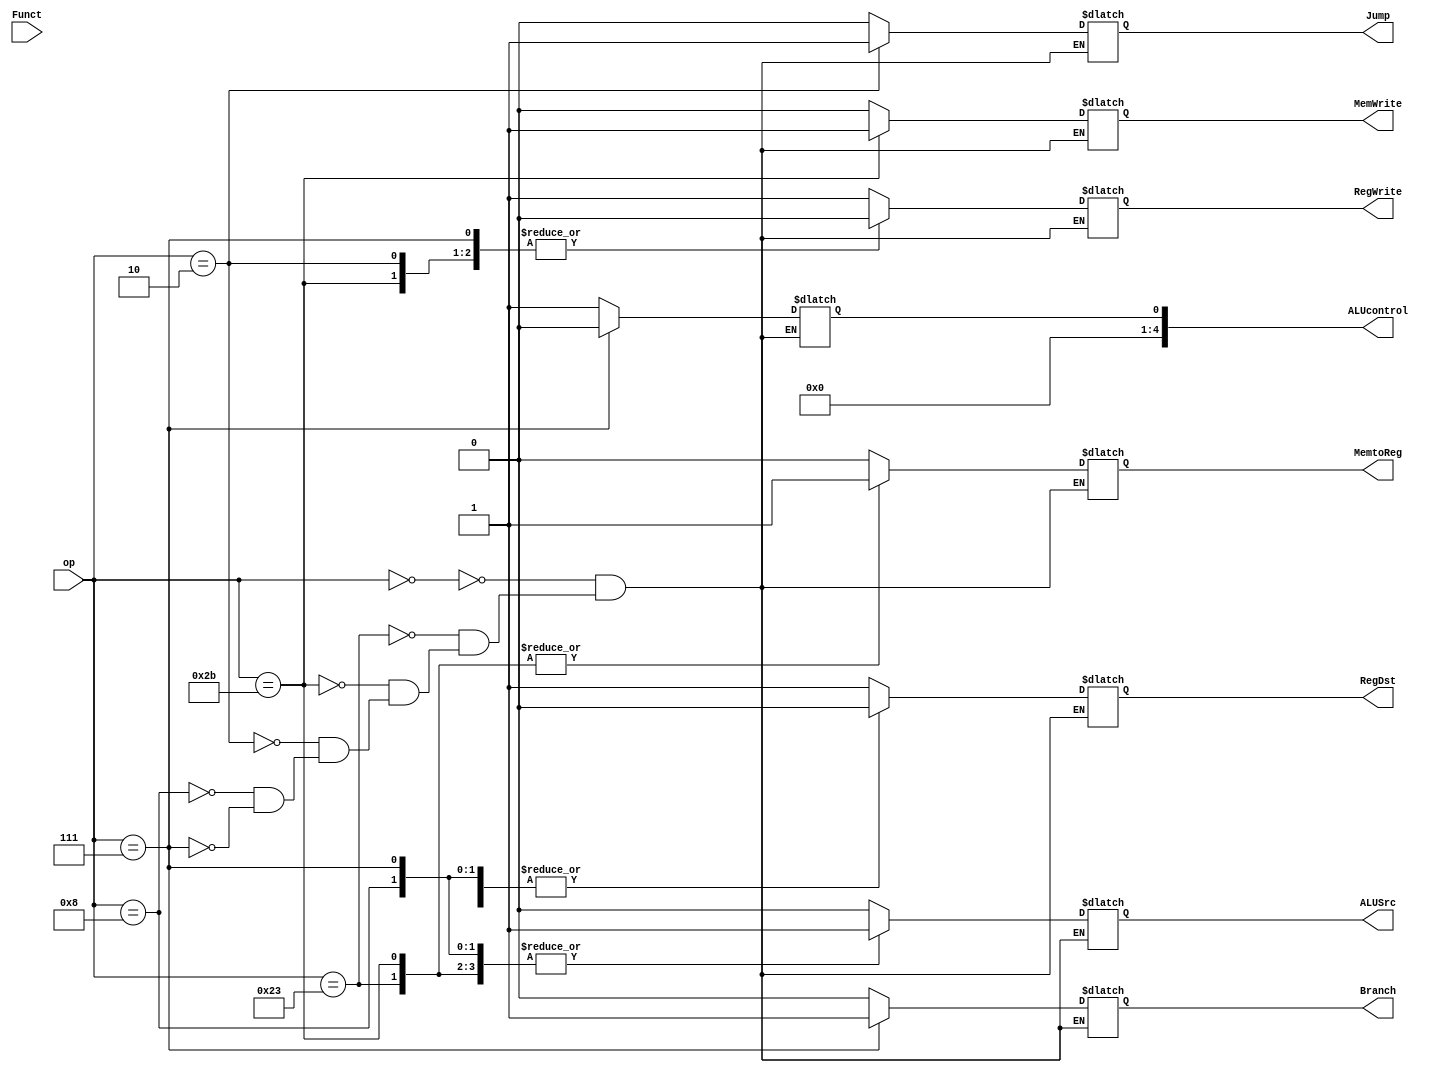
`timescale 1ns / 1ps
//////////////////////////////////////////////////////////////////////////////////
// Company: 
// Engineer: 
// 
// Design Name: 
// Module Name:    control 
// Project Name: 
// Target Devices: 
// Tool versions: 
// Description: 
//
// Dependencies: 
//
// Revision: 
// Revision 0.01 - File Created
// Additional Comments: 
//
//////////////////////////////////////////////////////////////////////////////////
module control(
input [5:0] op,
input [5:0] Funct,
output reg [4:0] ALUcontrol,
output reg MemtoReg,
output reg MemWrite,
output reg Branch,
output reg ALUSrc,
output reg RegDst,
output reg RegWrite,
output reg Jump
    );

initial begin
 ALUcontrol = 0;
 MemtoReg = 1;
 MemWrite = 0;
 Branch = 0;
 ALUSrc = 0;
 RegDst = 0;
 RegWrite = 0;
 Jump = 0;
end

always@(*)
begin
 case(op)
  6'b000000:  //add
  begin
    ALUcontrol = 5'h01;
    MemtoReg = 0;
    MemWrite = 0;
    Branch = 0;
    ALUSrc = 0;
    RegDst = 1;
    RegWrite = 1;
	 Jump = 0;
  end
  6'b100011:  //lw
   begin
    ALUcontrol = 5'h01;
    MemtoReg = 1;
    MemWrite = 0;
    Branch = 0;
    ALUSrc = 1;
    RegDst = 0;
    RegWrite = 1;
	 Jump = 0;
   end
  6'b101011:  //sw
  begin
    ALUcontrol = 5'h01;
    MemtoReg = 1;
    MemWrite = 1;
    Branch = 0;
    ALUSrc = 1;
    RegDst = 0;
    RegWrite = 0;
	 Jump = 0;
  end
  6'b000010:   //j
  begin
    ALUcontrol = 5'h01;
    MemtoReg = 0;
    MemWrite = 0;
    Branch = 0;
    ALUSrc = 0;
    RegDst = 0;
    RegWrite = 0;
	 Jump = 1;
  end 
  6'b001000:  //addi
  begin
    ALUcontrol = 5'h01;
    MemtoReg = 0;
    MemWrite = 0;
    Branch = 0;
    ALUSrc = 1;
    RegDst = 0;
    RegWrite = 1;
    Jump = 0;	 
  end
  6'b000111:  //bgtz
  begin
    ALUcontrol = 5'h0;
    MemtoReg = 0;
    MemWrite = 0;
    Branch = 1;
    ALUSrc = 1;
    RegDst = 0;
    RegWrite = 0;
    Jump = 0;	 
  end
  endcase
end




endmodule